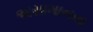
અસામાનતા